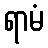
ရာမံ